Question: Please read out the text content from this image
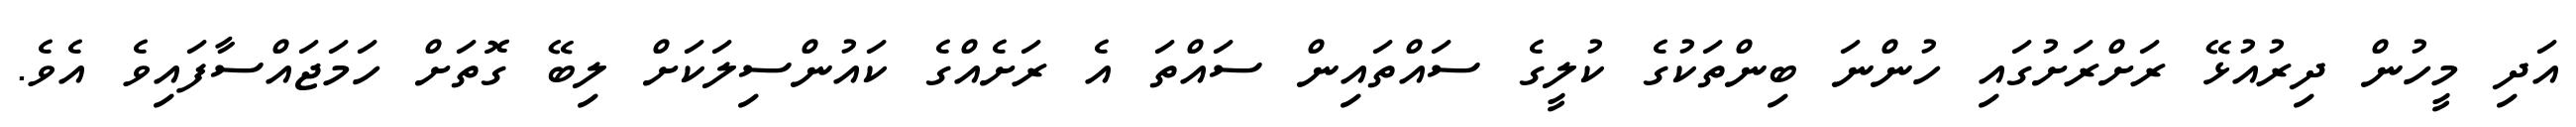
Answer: އަދި މީހުން ދިރުއުޅޭ ރަށްރަށުގައި ހުންނަ ބިންތަކުގެ ކުލީގެ ސައްތައިން ސައްތަ އެ ރަށެއްގެ ކައުންސިލަކަށް ލިބޭ ގޮތަށް ހަމަޖައްސާފައިވެ އެވެ.